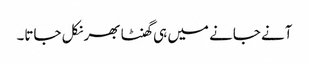
آنے جانے میں ہی گھنٹا بھر نکل جاتا۔